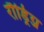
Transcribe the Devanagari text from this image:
रौड्रिग्ज